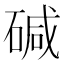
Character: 碱